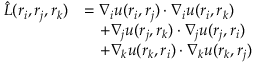
\begin{array} { r l } { \hat { L } ( \boldsymbol { r } _ { i } , \boldsymbol { r } _ { j } , \boldsymbol { r } _ { k } ) } & { = \boldsymbol { \nabla } _ { i } u ( \boldsymbol { r } _ { i } , \boldsymbol { r } _ { j } ) \cdot \boldsymbol { \nabla } _ { i } u ( \boldsymbol { r } _ { i } , \boldsymbol { r } _ { k } ) } \\ & { \quad + \boldsymbol { \nabla } _ { j } u ( \boldsymbol { r } _ { j } , \boldsymbol { r } _ { k } ) \cdot \boldsymbol { \nabla } _ { j } u ( \boldsymbol { r } _ { j } , \boldsymbol { r } _ { i } ) } \\ & { \quad + \boldsymbol { \nabla } _ { k } u ( \boldsymbol { r } _ { k } , \boldsymbol { r } _ { i } ) \cdot \boldsymbol { \nabla } _ { k } u ( \boldsymbol { r } _ { k } , \boldsymbol { r } _ { j } ) } \end{array}